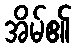
အိမ်၏